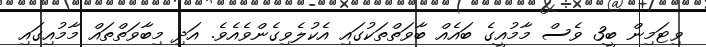
ވިޓަމިން ބީ3 ވެސް މާމުއީގެ ބައެއް ބާވަތްތަކުގައި އެކުލެވިގެންވެއެވެ. އަދި މިބާވަތްތައް މާމުއިގައި